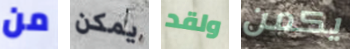
من يمكن ولقد يكمن